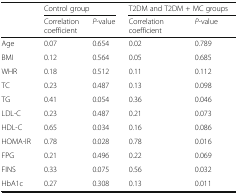
|  | <COLSPAN=2> Control group | <COLSPAN=2> T2DM and T2DM + MC groups |
 |  | Correlation coefficient | P-value | Correlation coefficient | P-value |
 | --- | --- | --- | --- | --- |
 | Age | 0.07 | 0.654 | 0.02 | 0.789 |
 | BMI | 0.12 | 0.564 | 0.05 | 0.685 |
 | WHR | 0.18 | 0.512 | 0.11 | 0.112 |
 | TC | 0.23 | 0.487 | 0.13 | 0.098 |
 | TG | 0.41 | 0.054 | 0.36 | 0.046 |
 | LDL-C | 0.23 | 0.487 | 0.21 | 0.073 |
 | HDL-C | 0.65 | 0.034 | 0.16 | 0.086 |
 | HOMA-IR | 0.78 | 0.028 | 0.78 | 0.016 |
 | FPG | 0.21 | 0.496 | 0.22 | 0.069 |
 | FINS | 0.33 | 0.075 | 0.56 | 0.032 |
 | HbA1c | 0.27 | 0.308 | 0.13 | 0.011 |